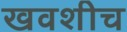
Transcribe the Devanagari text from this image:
खवशीच